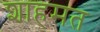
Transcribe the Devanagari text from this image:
शाहमत